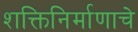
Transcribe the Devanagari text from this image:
शक्तिनिर्माणाचे